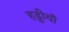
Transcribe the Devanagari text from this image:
हड्डीयाँ